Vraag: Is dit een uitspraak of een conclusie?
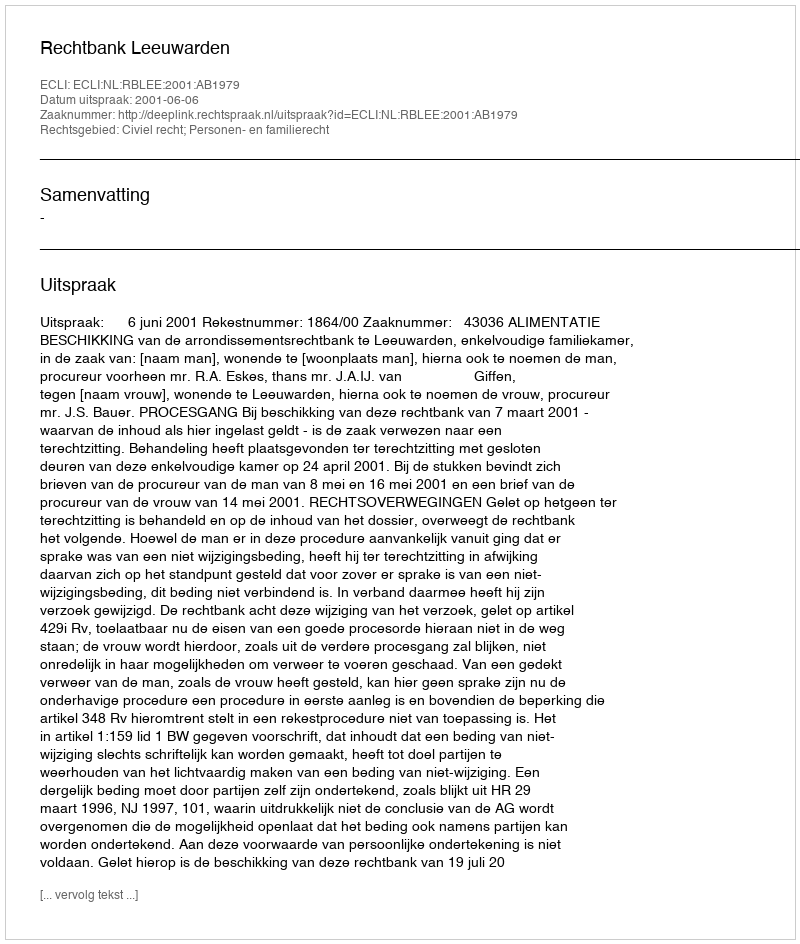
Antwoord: Uitspraak